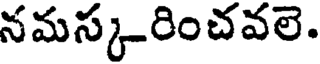
నమస్కరించవలె.